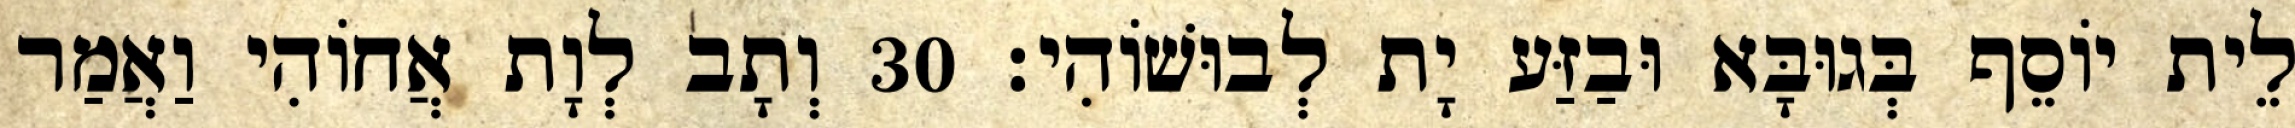
לֵית יוֹסֵף בְּגוּבָּא וּבַזַּע יָת לְבוּשׁוֹהִי׃ 30 וְתָב לְוָת אֲחוֹהִי וַאֲמַר